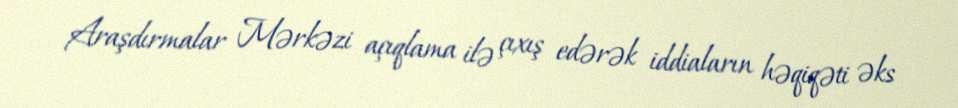
Araşdırmalar Mərkəzi açıqlama ilə çıxış edərək iddiaların həqiqəti əks